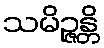
သမိဉ္ဇန္တိ